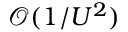
\mathcal { O } ( 1 / U ^ { 2 } )